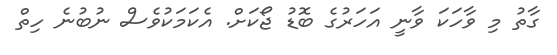
ގާތު މި ވާހަކަ ވާނީ އަހަރުގެ ބޮޑު ޖޯކަށް. އެކަމަކުވެސް ނުބުނެ ހިތް